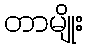
တာမျိုး